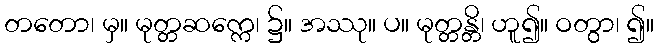
တတော၊ မှ။ မုတ္တဆက္ကေ၊ ၌။ အဿု။ ပ။ မုတ္တန္တိ၊ ဟူ၍။ ဝတွာ၊ ၍။